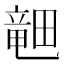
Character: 𪽞